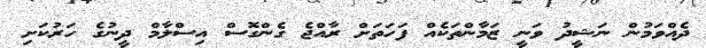
ދެއްވަމުން ނަޝީދު ވަނީ ޒަމާންތަކެއް ފަހަތަށް ރާއްޖެ ގެންގޮސް އިސްލާމް ދީނުގެ ހަރުކަށި